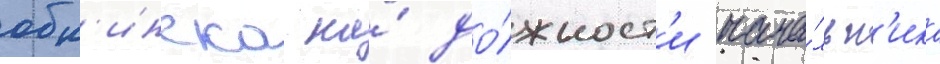
обн'инска на́ до́лжност'и нача́льн'ика